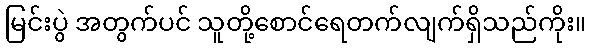
မြင်းပွဲ အတွက်ပင် သူတို့စောင်ရေတက်လျက်ရှိသည်ကိုး။